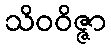
သိဝဝိဇ္ဇာ